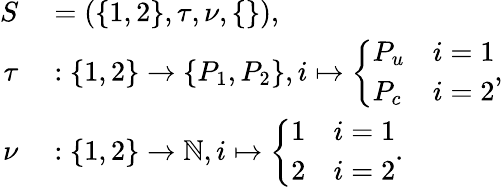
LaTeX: \begin{array}{rl}{S}&{{}=\left(\{ 1,2\} ,\tau,\nu,\{ \} \right),}\\ {\tau}&{{}:\{ 1,2\} \rightarrow\{ P_{1},P_{2}\} ,i\mapsto\left\{ \begin{array}{ll}{P_{u}}&{i=1}\\ {P_{c}}&{i=2}\end{array}\right.,}\\ {\nu}&{{}:\{ 1,2\} \rightarrow\mathbb{N},i\mapsto\left\{ \begin{array}{ll}{1}&{i=1}\\ {2}&{i=2}\end{array}\right..}\end{array}